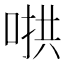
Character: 𫪵